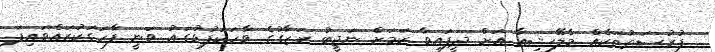
ފުރުސަތުތަކެއް މެލޭޝިއާ އަށް ދީފައިވާ ކަމަށް ނަޖީބު ރަޒާގުގެ ވާހަކަފުޅުގައު ވަނީ ފާހަގަކުރައްވައިފަ